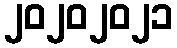
၂၀၂၀၂၀၂၁